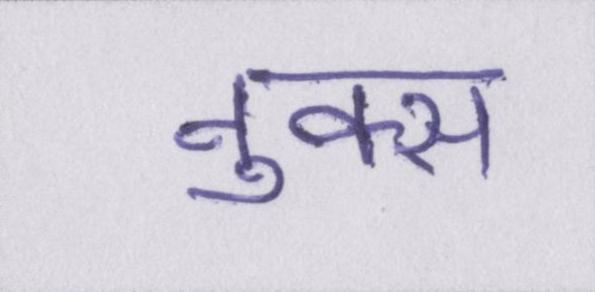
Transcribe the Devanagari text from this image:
नुक्स